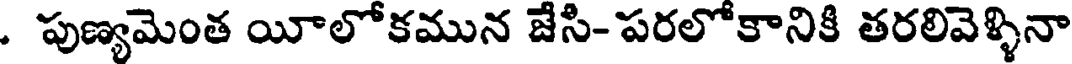
. పుణ్యమెంత యీలోకమున జేసి- పరలోకానికి తరలివెళ్ళినా